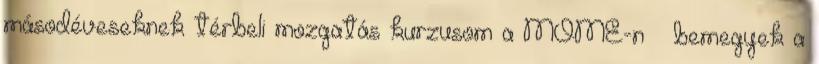
másodéveseknek térbeli mozgatás kurzusom a MOME-n – bemegyek a